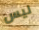
ليس